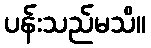
ပန်းသည်မသိ။